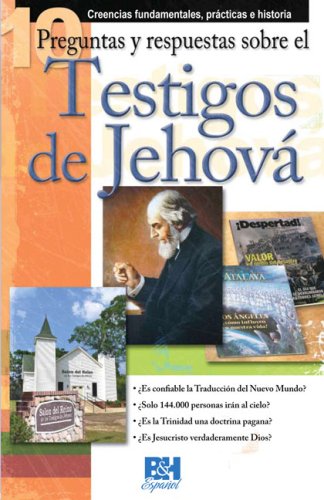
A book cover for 10 Preguntas respuestas y sobre los Testigos de Jehova (Coleccion Temas de Fe) (Spanish Edition); Holman Bible Editorial Staff; Christian Books & Bibles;